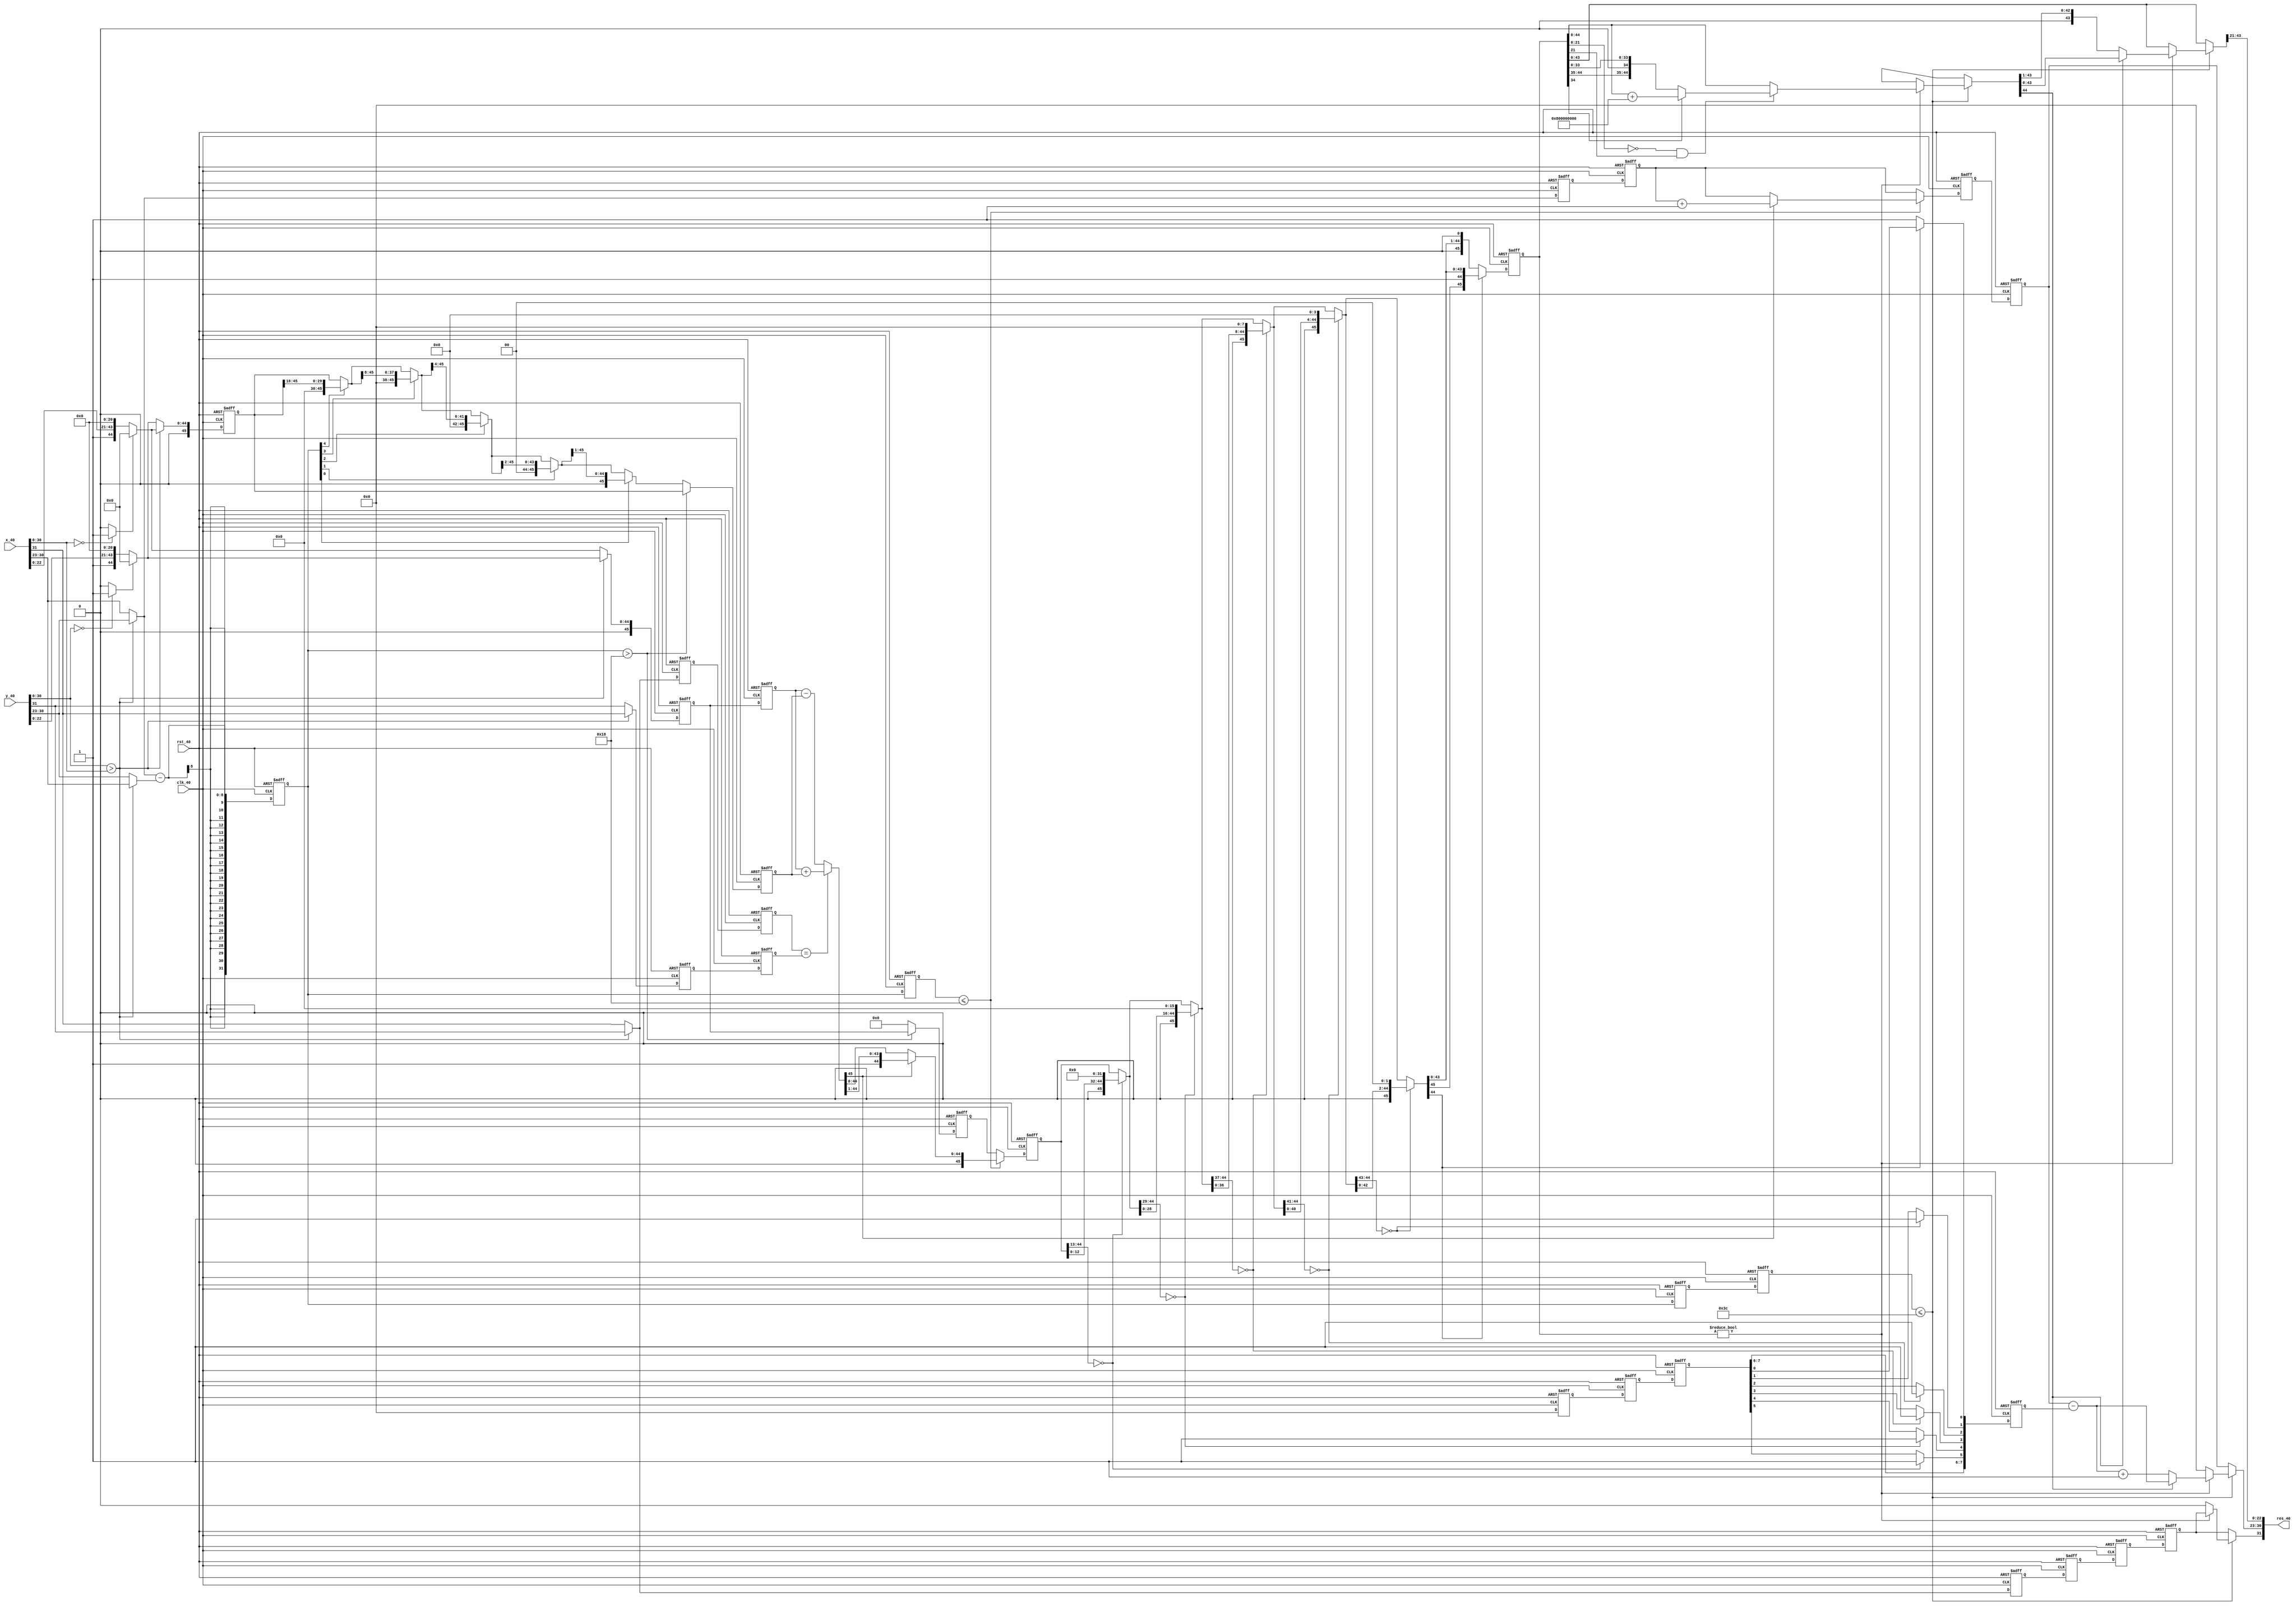
module fpadd_40(x_40,y_40,res_40,clk_40,rst_40);
input [31:0] x_40,y_40;				     //  res_40 will display summation of x_40 and y_40 in IEEE    
//754 format
output [31:0] res_40;				//  res_40 will display summation of x_40 and y_40 in IEEE 754 format
input clk_40,rst_40;
parameter menw_40=45;            // Used to define width of register to store mantissa: 1 bit is carry bit(if sum is producing 
// carry will be stored here)
   				// other 23 bit to store original mantis from 32 bit IEEE standard and last bits to store shift
reg sing_x_40,sing_y_40;	// the signs of the x_40 and y_40 inputs		
reg [7:0] exp_x_40, exp_y_40,exp_res_40;		// the exponents of each of the given signal
reg [menw_40:0] mes_x_40, mes_y_40,mes_res_40,mes_medi_40;	// stores the mantissa of the inputs and outputs 
//signal  	
reg zero_40_x,zero_40_y;	

reg signres;		                    // sign of the result

reg [7:0] exp_res_40;	// Resultant exponent value
reg [31:0] resout_40;	// resultant final 
integer int_exp_x,int_exp_y,int_exp_dif_40;	// exponent of input signals and diff between them.
integer renorm_40,renorm_400,renorm_401,renorm_402,renorm_403,renorm_404,renorm_405;	// Different renorm for //different stages	
parameter [menw_40:0] zero_40=0;
//passing exponent values
integer int_exp_dif_402,int_exp_dif_401,int_exp_dif_404,int_exp_dif_403,int_exp_dif_405,int_exp_dif_406,int_exp_dif_4000,int_exp_dif_400;
// different mantissa for different stages:
reg [menw_40:0] mes_y_402,mes_y_401,mes_y_403,mes_y_404;
reg [menw_40:0] mes_x_402,mes_x_401,mes_x_403,mes_x_404;
reg [menw_40:0] mes_res_401,mes_res_402,mes_res_403,mes_res_404,mes_res_4000,mes_res_400;
reg [7:0] exp_x_402,exp_x_401;
reg [7:0] exp_res_402,exp_res_401,exp_res_403,exp_res_404,exp_res_4000,exp_res_400;
reg sing_x_402,sing_x_401,sing_x_403;
reg sing_y_402,sing_y_401,sing_y_403;
reg signres2,signres1,signres3,signres4,signres5,signres6,signres00,signres0;

assign res_40=resout_40;
// making the combinational logic 
always @(*) begin
// 1st stage: alignment-1
// comparing two numbers if zero or not
renorm_40=0;
  zero_40_x = (x_40[30:0]==0)?1:0;
  zero_40_y = (y_40[30:0]==0)?1:0;
  // putting the bigger number in to the x_40
  if( y_40[30:0] > x_40[30:0] ) begin
    exp_x_40 = y_40[30:23];
    exp_y_40 = x_40[30:23];
    sing_x_40 = y_40[31];
    sing_y_40 = x_40[31];
    mes_x_40 = (zero_40_y)?0:{ 2'b1, y_40[22:0],zero_40[menw_40:25]};
    mes_y_40 = (zero_40_x)?0:{ 2'b1, x_40[22:0],zero_40[menw_40:25]};
    signres=sing_x_40;
  end else begin
    sing_x_40 = x_40[31];
    sing_y_40 = y_40[31];
    exp_x_40 = x_40[30:23];
    exp_y_40 = y_40[30:23];
    mes_x_40 = (zero_40_x)?0:{ 2'b1, x_40[22:0],zero_40[menw_40:25]};
    mes_y_40 = (zero_40_y)?0:{ 2'b1, y_40[22:0],zero_40[menw_40:25]};
    signres=sing_x_40;
  end
  int_exp_x=exp_x_40;
  int_exp_y=exp_y_40;
  int_exp_dif_40=exp_x_40-exp_y_40;

// 2nd Stage: alignment-2

int_exp_dif_402=int_exp_dif_401;
mes_y_402=mes_y_401;
mes_x_402=mes_x_401;
exp_x_402=exp_x_401;
sing_x_402=sing_x_401;
sing_y_402=sing_y_401;
signres2=signres1;
  if(int_exp_dif_402 > 24) begin
    exp_res_40=exp_x_402;
    mes_res_40=mes_x_402;
  end else begin
    exp_res_40=exp_x_402;
    mes_res_40=0;
    mes_y_402=(int_exp_dif_402[4])?{16'b0,mes_y_402[menw_40:16]}: {mes_y_402};
    mes_y_402=(int_exp_dif_402[3])?{ 8'b0,mes_y_402[menw_40:8 ]}: {mes_y_402};
    mes_y_402=(int_exp_dif_402[2])?{ 4'b0,mes_y_402[menw_40:4 ]}: {mes_y_402};
    mes_y_402=(int_exp_dif_402[1])?{ 2'b0,mes_y_402[menw_40:2 ]}: {mes_y_402};
    mes_y_402=(int_exp_dif_402[0])?{ 1'b0,mes_y_402[menw_40:1 ]}: {mes_y_402};
  end

//3rd stage: addition and subtraction

mes_y_404=mes_y_403;
mes_x_404=mes_x_403;
mes_res_4000=mes_res_400;
exp_res_4000=exp_res_400;
signres00=signres0;
int_exp_dif_4000=int_exp_dif_400;

 if (int_exp_dif_4000 <=24) begin
    if(sing_x_403 == sing_y_403) 
       	mes_res_4000=mes_x_404+mes_y_404;
	 else mes_res_4000=mes_x_404-mes_y_404;
    mes_medi_40=mes_res_4000;
    if(mes_res_4000[menw_40]) begin
      mes_res_4000={1'b0,mes_res_4000[menw_40:1]};
      exp_res_4000=exp_res_4000+1;
    end
  end

// Fourth Stage: normalization-1

mes_res_402=mes_res_401;
int_exp_dif_404=int_exp_dif_403;
signres4=signres3;
exp_res_402=exp_res_401;
renorm_403=renorm_402;
    if(mes_res_402[menw_40-1:menw_40-32]==0) begin 
	renorm_403[5]=1; mes_res_402={ 1'b0,mes_res_402[menw_40-33:0],32'b0 }; 
    end
    if(mes_res_402[menw_40-1:menw_40-16]==0) begin 
	renorm_403[4]=1; mes_res_402={ 1'b0,mes_res_402[menw_40-17:0],16'b0 }; 
    end
    if(mes_res_402[menw_40-1:menw_40-8]==0) begin 
	renorm_403[3]=1; mes_res_402={ 1'b0,mes_res_402[menw_40-9:0], 8'b0 }; 
    end
    if(mes_res_402[menw_40-1:menw_40-4]==0) begin 
	renorm_403[2]=1; mes_res_402={ 1'b0,mes_res_402[menw_40-5:0], 4'b0 }; 
    end
    if(mes_res_402[menw_40-1:menw_40-2]==0) begin 
	renorm_403[1]=1; mes_res_402={ 1'b0,mes_res_402[menw_40-3:0], 2'b0 }; 
    end
    if(mes_res_402[menw_40-1   ]==0) begin 
	renorm_403[0]=1; mes_res_402={ 1'b0,mes_res_402[menw_40-2:0], 1'b0 }; 
    end




//Fifth Stage: normalization-2
mes_res_404=mes_res_403;
signres6=signres5;
renorm_405=renorm_404;
exp_res_404=exp_res_403;
int_exp_dif_406=int_exp_dif_405;
  if (int_exp_dif_406 <=60)
  begin
    if(mes_res_404 != 0) begin
      if(mes_res_404[menw_40-24:0]==0 && mes_res_404[menw_40-24]==1) begin
	if(mes_res_404[menw_40-11]==1) mes_res_404=mes_res_404+{1'b1,zero_40[menw_40-11:0]};
      end else begin
        if(mes_res_404[menw_40-54]==1) mes_res_404=mes_res_404+{1'b1,zero_40[menw_40-24:0]};
      end
      exp_res_404=exp_res_404-renorm_405;
      if(mes_res_404[menw_40-1]==0) begin
       exp_res_404=exp_res_404+1;
       mes_res_404={1'b0,mes_res_404[menw_40-1:1]};
      end
    end else begin
      exp_res_404=0;
      signres6=0;
    end
  end
resout_40={signres6,exp_res_404,mes_res_404[menw_40-2:menw_40-24]};
end
// Things that are happening at clock edge will be done over here
always @(posedge clk_40 or posedge rst_40)
begin
	if (rst_40) 
begin
int_exp_dif_401<=0;
mes_x_401<=0;
mes_y_401<= 0;
exp_x_401 <= 0;
sing_x_401<=0;
sing_y_401<=0;
signres1<=0;
renorm_401<=0;
mes_y_403 <= 0;
mes_x_403 <= 0;
sing_x_403 <= 0;
sing_y_403 <= 0;
mes_res_400 <= 0;
renorm_400 <= 0;
signres0 <= 0;
int_exp_dif_400 <= 0;
exp_res_400 <= 0;
mes_res_401 <= 0;
int_exp_dif_403<= 0;
signres3 <= 0;
exp_res_401<= 0;
renorm_402 <= 0;
mes_res_403<=  0;
signres5<= 0;
renorm_404<= 0;
exp_res_403<= 0;
int_exp_dif_405 <= 0;
end
	else begin
	int_exp_dif_401<= #1 int_exp_dif_40;
	mes_x_401<=#1 mes_x_40;
	mes_y_401<= #1 mes_y_40;
	exp_x_401 <= #1 exp_x_40;
	sing_x_401<= #1 sing_x_40;
	sing_y_401<= #1 sing_y_40;
	signres1<= #1 signres;
	renorm_401<= renorm_40;
	mes_y_403 <= #1 mes_y_402;
	mes_x_403 <= #1 mes_x_402;
	sing_x_403 <= #1 sing_x_402;
	sing_y_403 <= #1 sing_y_402;
	mes_res_400 <= #1 mes_res_40;
	renorm_400 <= renorm_401;
	signres0 <= #1 signres2;
	int_exp_dif_400 <= #1 int_exp_dif_402;
	exp_res_400 <= #1 exp_res_40;
	mes_res_401 <= #1 mes_res_4000;
	int_exp_dif_403<= #1 int_exp_dif_402;
	signres3 <= #1 signres00;
	exp_res_401<= #1 exp_res_4000;
	renorm_402 <= #1 renorm_400;
	mes_res_403 <= #1 mes_res_402;
	signres5 <= #1 signres4;
	renorm_404 <= #1 renorm_403;
	exp_res_403 <= #1 exp_res_402;
	int_exp_dif_405 <= #1 int_exp_dif_404;
	end
end
endmodule